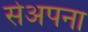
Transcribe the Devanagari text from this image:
सेअपना